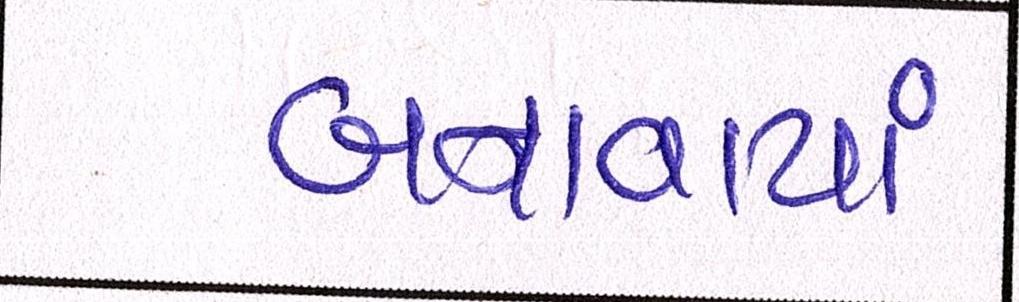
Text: બનાવાયાં